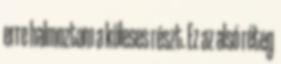
erre halmoztam a köleses részt. Ez az alsó réteg